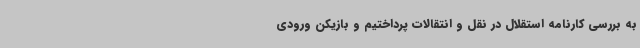
به بررسی کارنامه استقلال در نقل و انتقالات پرداختیم و بازیکن ورودی